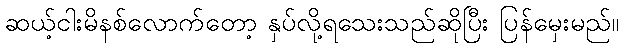
ဆယ့်ငါးမိနစ်လောက်တော့ နှပ်လို့ရသေးသည်ဆိုပြီး ပြန်မှေးမည်။